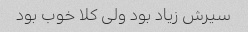
سیرش زیاد بود ولی کلا خوب بود